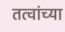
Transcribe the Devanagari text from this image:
तत्वांच्या